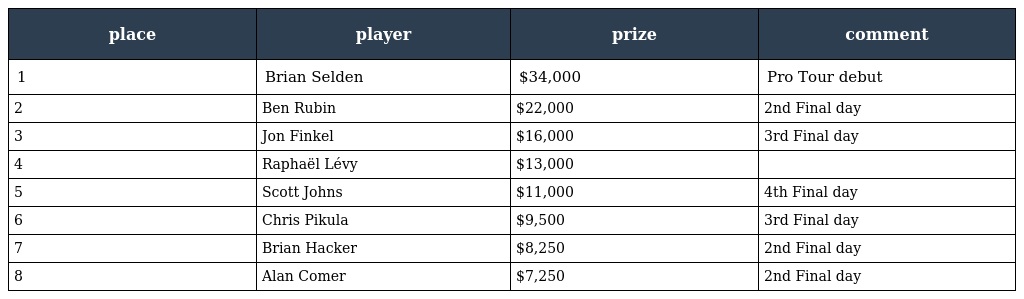
| place | player | prize | comment |
 | --- | --- | --- | --- |
 | 1 | Brian Selden | $34,000 | Pro Tour debut |
 | 2 | Ben Rubin | $22,000 | 2nd Final day |
 | 3 | Jon Finkel | $16,000 | 3rd Final day |
 | 4 | Raphaël Lévy | $13,000 |  |
 | 5 | Scott Johns | $11,000 | 4th Final day |
 | 6 | Chris Pikula | $9,500 | 3rd Final day |
 | 7 | Brian Hacker | $8,250 | 2nd Final day |
 | 8 | Alan Comer | $7,250 | 2nd Final day |